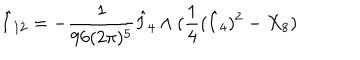
LaTeX: \hat { I } _ { 1 2 } = - \frac { 1 } { 9 6 ( 2 \pi ) ^ { 5 } } \hat { I } _ { 4 } \wedge ( \frac { 1 } { 4 } ( \hat { I } _ { 4 } ) ^ { 2 } - X _ { 8 } )